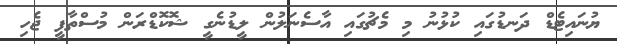
ޔުނައިޓެޑް ދަނޑުގައި ކުޅުނު މި މެޗުގައި އާސެނަލުން ލީޑުނެގީ ޝޮކޮޑްރަން މުސްތާފީ ޖެހި